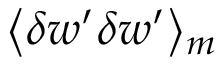
\! \left\langle { \delta w ^ { \prime } \delta w ^ { \prime } } \right\rangle \! _ { m }